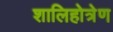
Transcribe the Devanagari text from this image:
शालिहोत्रेण